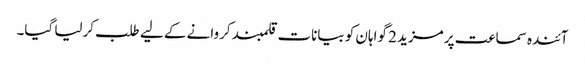
آئندہ سماعت پر مزید 2 گواہان کو بیانات قلمبند کروانے کے لیے طلب کرلیا گیا۔